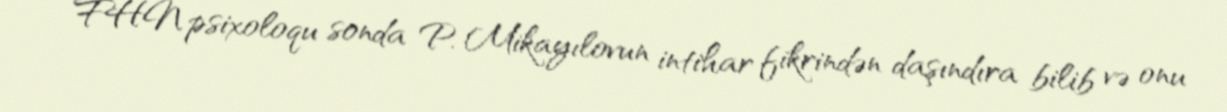
FHN psixoloqu sonda P. Mikayılovun intihar fikrindən daşındıra bilib və onu